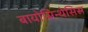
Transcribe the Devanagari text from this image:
बायोसिन्थेसिस